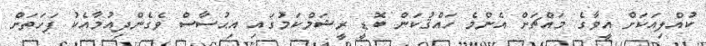
ކުއްލިއަކަށް އީވާގެ މައްޗަށް އެންމެ ހައްޤުކަން ބޮޑީ ރީޝަމްކަމުގައި އިޙުސާސް ވެގެންދިއުމާއެކު ފަހަތަށް